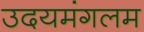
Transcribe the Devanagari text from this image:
उदयमंगलम